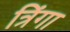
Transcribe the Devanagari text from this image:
त्रिंगा